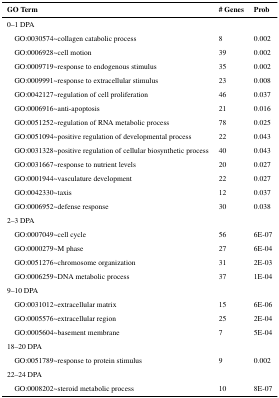
| GO Term | # Genes | Prob |
 | --- | --- | --- |
 | <COLSPAN=3> 0–1 DPA |
 | GO:0030574~collagen catabolic process | 8 | 0.002 |
 | GO:0006928~cell motion | 39 | 0.002 |
 | GO:0009719~response to endogenous stimulus | 35 | 0.002 |
 | GO:0009991~response to extracellular stimulus | 23 | 0.008 |
 | GO:0042127~regulation of cell proliferation | 46 | 0.037 |
 | GO:0006916~anti-apoptosis | 21 | 0.016 |
 | GO:0051252~regulation of RNA metabolic process | 78 | 0.025 |
 | GO:0051094~positive regulation of developmental process | 22 | 0.043 |
 | GO:0031328~positive regulation of cellular biosynthetic process | 40 | 0.043 |
 | GO:0031667~response to nutrient levels | 20 | 0.027 |
 | GO:0001944~vasculature development | 22 | 0.027 |
 | GO:0042330~taxis | 12 | 0.037 |
 | GO:0006952~defense response | 30 | 0.038 |
 | <COLSPAN=3> 2–3 DPA |
 | GO:0007049~cell cycle | 56 | 6E-07 |
 | GO:0000279~M phase | 27 | 6E-04 |
 | GO:0051276~chromosome organization | 31 | 2E-03 |
 | GO:0006259~DNA metabolic process | 37 | 1E-04 |
 | <COLSPAN=3> 9–10 DPA |
 | GO:0031012~extracellular matrix | 15 | 6E-06 |
 | GO:0005576~extracellular region | 25 | 2E-04 |
 | GO:0005604~basement membrane | 7 | 5E-04 |
 | <COLSPAN=3> 18–20 DPA |
 | GO:0051789~response to protein stimulus | 9 | 0.002 |
 | <COLSPAN=3> 22–24 DPA |
 | GO:0008202~steroid metabolic process | 10 | 8E-07 |